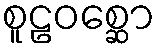
စူဠဝစ္ဆော